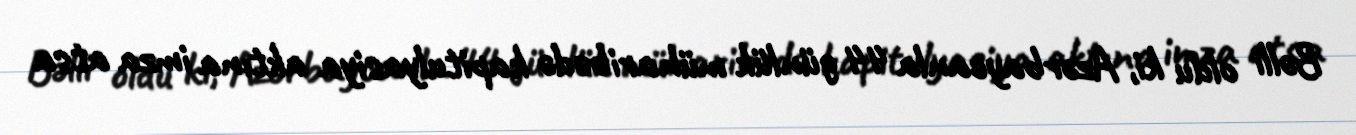
Bəlli oldu ki, Azərbaycanla 44 günlük müharibədə kapitulyasiya aktına imza atsa